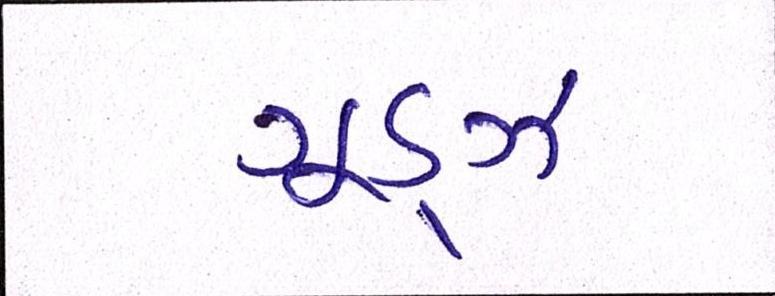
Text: ગૂડ્ઝ